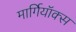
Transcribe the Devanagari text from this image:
मार्गियॉक्स